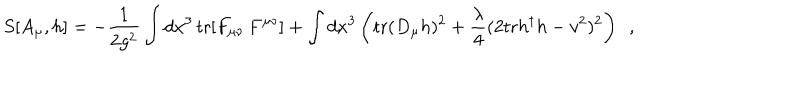
S [ A _ { \mu } , h ] = - \frac { 1 } { 2 g ^ { 2 } } \int d x ^ { 3 } \, \mathrm { t r } [ F _ { \mu \nu } \, F ^ { \mu \nu } ] + \int d x ^ { 3 } \left( \mathrm { t r } ( D _ { \mu } h ) ^ { 2 } + \frac { \lambda } { 4 } ( 2 \mathrm { t r } h ^ { \dagger } h - v ^ { 2 } ) ^ { 2 } \right) \, \, \, ,